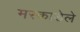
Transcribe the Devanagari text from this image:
मस्काडेले